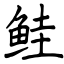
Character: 鲑